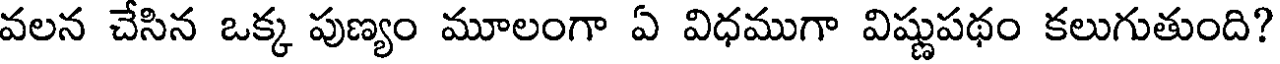
వలన చేసిన ఒక్క పుణ్యం మూలంగా ఏ విధముగా విష్ణుపథం కలుగుతుంది?